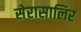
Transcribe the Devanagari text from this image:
सेरासालिर